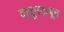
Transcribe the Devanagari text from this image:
दाबूनदाबून